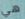
هي